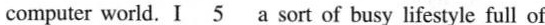
computer world.I\underline{5}